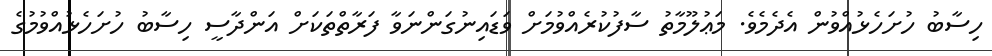
ހިސާބު ހުށަހެޅުއްވުން އެދެމެވެ. މަޢުލޫމާތު ސާފުކުރެއްވުމަށް ވަޑައިނުގަންނަވާ ފަރާތްތަކަށް އަންދާސީ ހިސާބު ހުށަހެޅުއްވުމުގެ